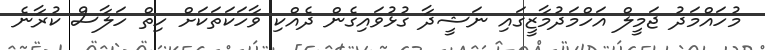
މުހައްމަދު ޖަމީލް އަހްމަދުމާޒީގައި ނަޝީދާ ގުޅުވައިގެން ދެއްކި ވާހަކަތަކަށް ހިތް ހަލާސް ކުރާނެ